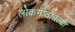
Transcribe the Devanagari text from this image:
लोकगीतातल्या